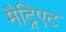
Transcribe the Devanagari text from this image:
मैट्रिएट